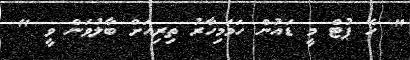
" ހޭ ޕުޓް މީ ޑައުން ހަމަމިހާރު ތިރިއަށް ބާލުވަން ވީ "